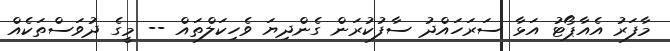
މާފަރު އެއާޕޯޓު އަޅާ ސަރަހައްދު ސާފުކުރަން ގެންދިޔަ ވެހިކަލްތައް -- މީގެ ދުވަސްތަކެއް